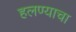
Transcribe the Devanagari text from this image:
हलण्याचा